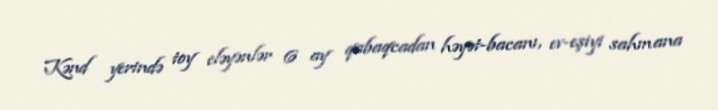
Kənd yerində toy eləyənlər 6 ay qabaqcadan həyət-bacanı, ev-eşiyi sahmana